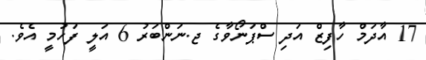
17 އާދަމް ހާފިޒް އަދި ސްޕަނޯވާގެ ޖ.ނަންބަރު 6 އަލީ ފަހުމީ އެވެ.